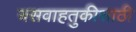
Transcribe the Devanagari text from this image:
बसवाहतुकीसाठी